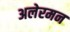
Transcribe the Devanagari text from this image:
अलेरमन